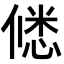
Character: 𭝲